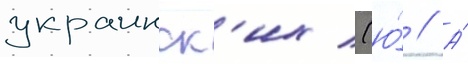
украинск'их (ю́ // А́